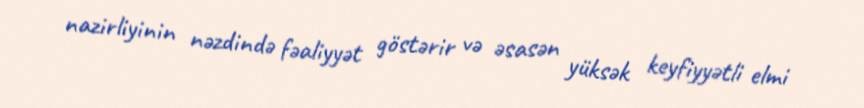
nazirliyinin nəzdində fəaliyyət göstərir və əsasən yüksək keyfiyyətli elmi